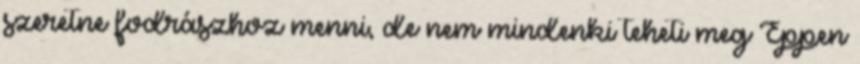
szeretne fodrászhoz menni, de nem mindenki teheti meg Éppen